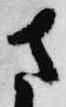
さ